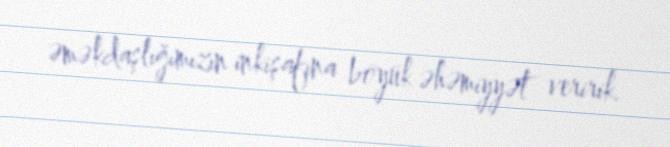
əməkdaşlığımızın inkişafına böyük əhəmiyyət veririk.